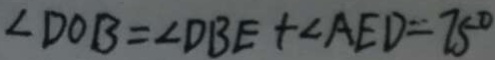
\angle D O B = \angle D B E + \angle A E D = 7 5 ^ { \circ }